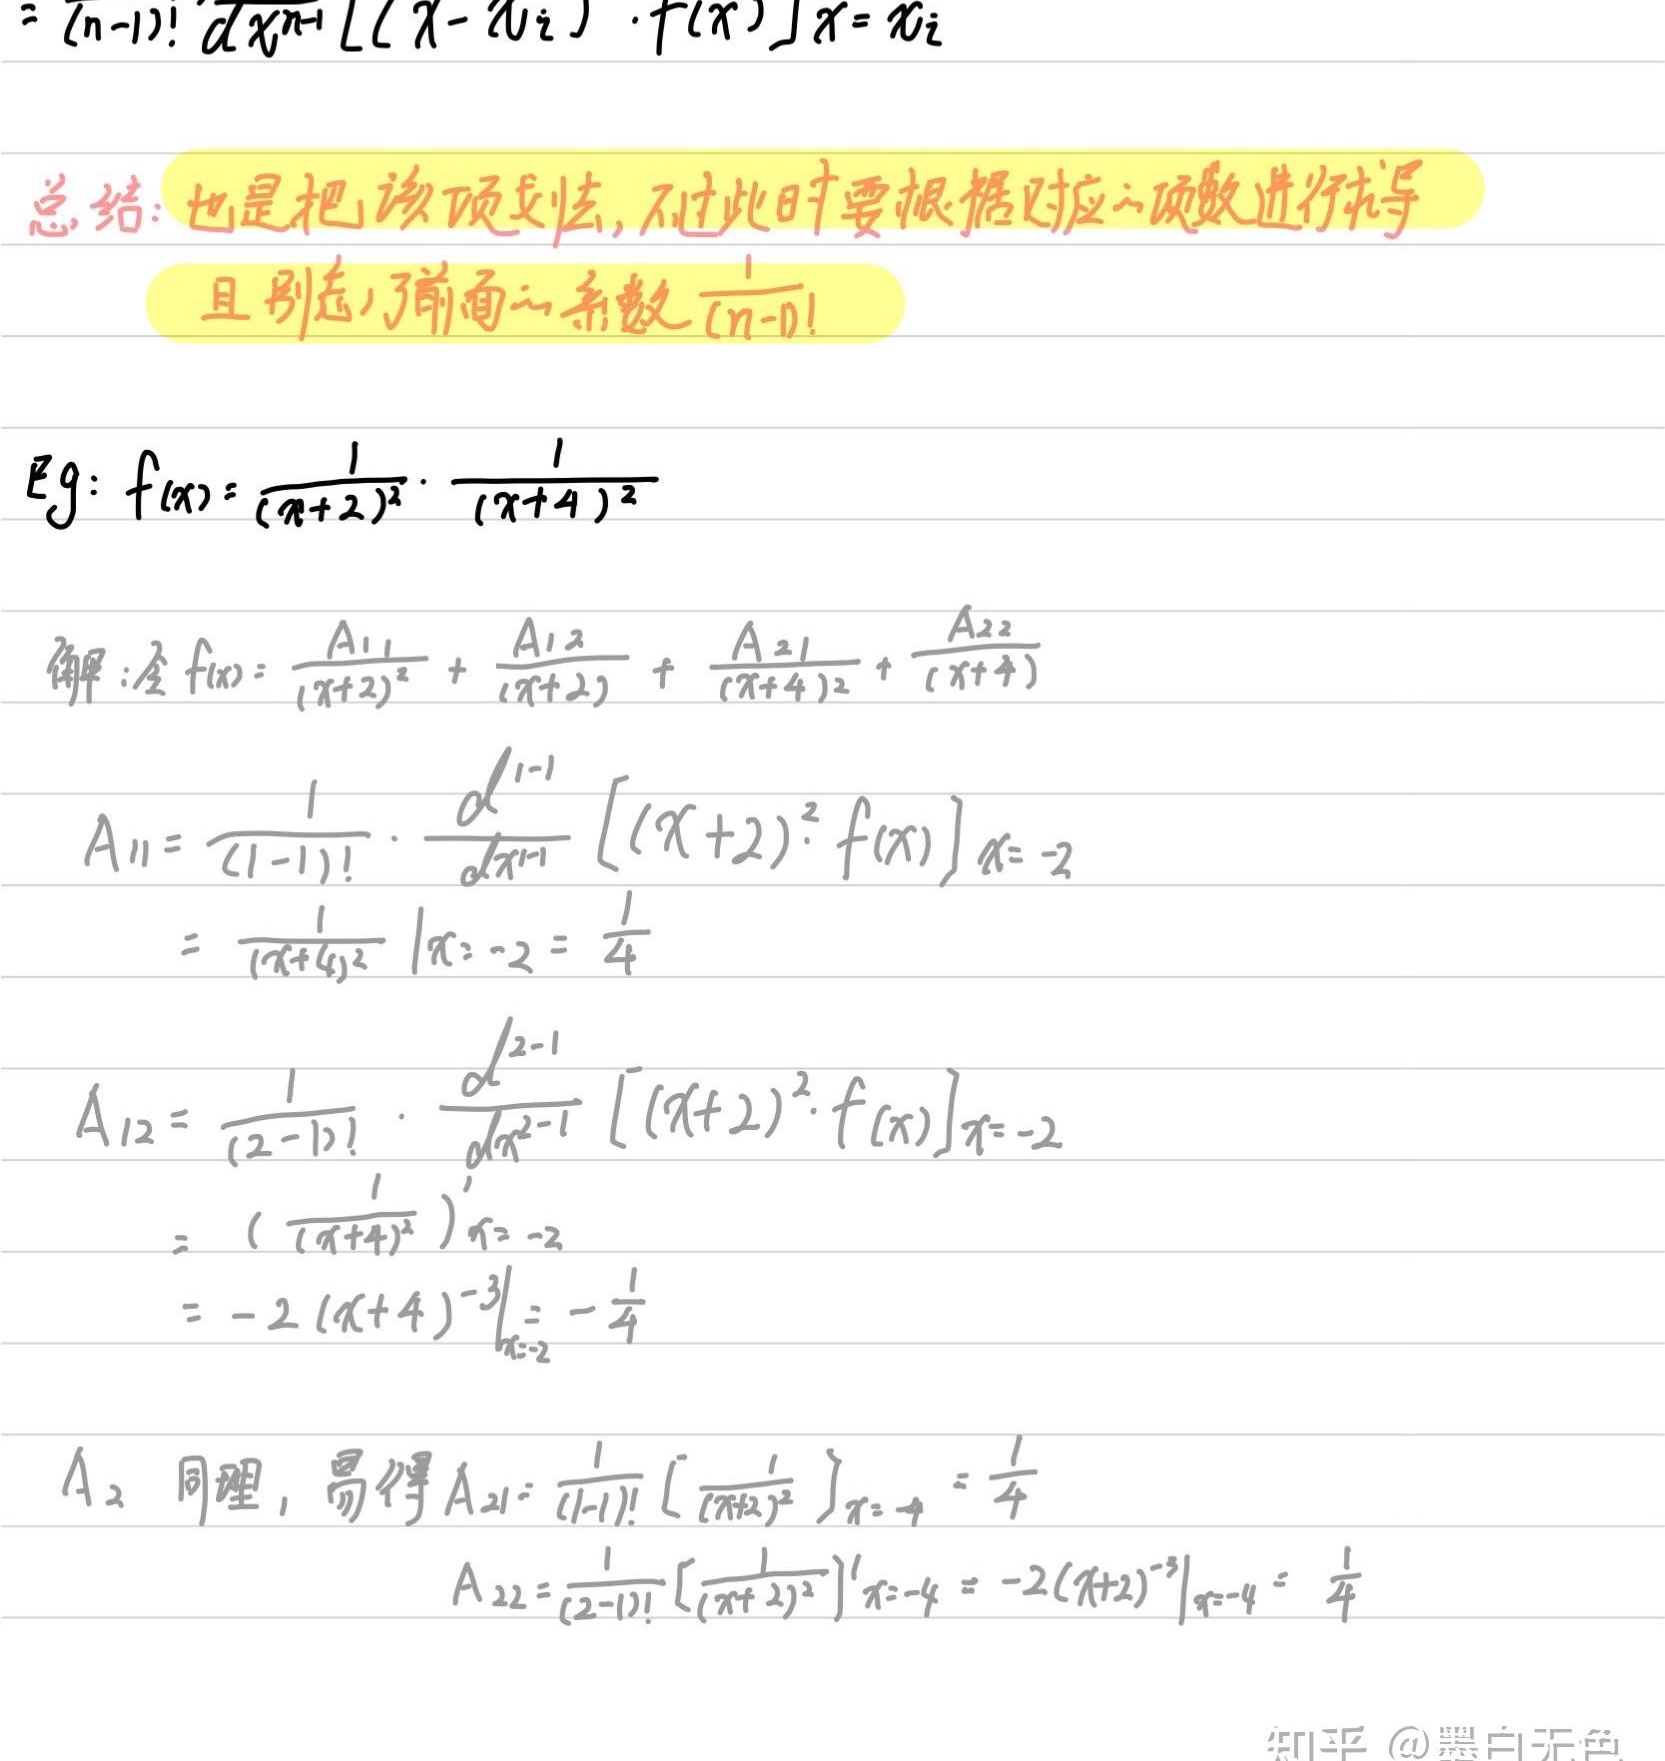
\[
\begin{align*}
&(n - 1)!\frac{d^{n - 1}}{dx^{n - 1}}[(x - x_{i})\cdot f(x)]\big|_{x = x_{i}}\\
\text{总结：}&也是把该项去掉，不过此时要根据对应的项数进行求导\\
&\text{且别忘了前面的系数}\frac{1}{(n - 1)!}\\
\text{Eg: }&f(x)=\frac{1}{(x + 2)^{2}}\cdot\frac{1}{(x + 4)^{2}}\\
\text{解：}&\text{设}f(x)=\frac{A_{11}}{(x + 2)^{2}}+\frac{A_{12}}{(x + 2)}+\frac{A_{21}}{(x + 4)^{2}}+\frac{A_{22}}{(x + 4)}\\
A_{11}&=\frac{1}{(1 - 1)!}\cdot\frac{d^{1 - 1}}{dx^{1 - 1}}[(x + 2)^{2}\cdot f(x)]\big|_{x=-2}\\
&=\frac{1}{(x + 4)^{2}}\big|_{x = - 2}=\frac{1}{4}\\
A_{12}&=\frac{1}{(2 - 1)!}\cdot\frac{d^{2 - 1}}{dx^{2 - 1}}[(x + 2)^{2}\cdot f(x)]\big|_{x=-2}\\
&=\left(\frac{1}{(x + 4)^{2}}\right)^\prime\big|_{x=-2}\\
&=-2(x + 4)^{-3}\big|_{x=-2}=-\frac{1}{4}\\
\text{$A_{2}$同理，}&\text{易得}A_{21}=\frac{1}{(1 - 1)!}\left[\frac{1}{(x + 2)^{2}}\right]\big|_{x = - 4}=\frac{1}{4}\\
A_{22}&=\frac{1}{(2 - 1)!}\left[\frac{1}{(x + 2)^{2}}\right]^\prime\big|_{x=-4}=-2(x + 2)^{-3}\big|_{x=-4}=\frac{1}{4}
\end{align*}
\]
知乎@黑白无色